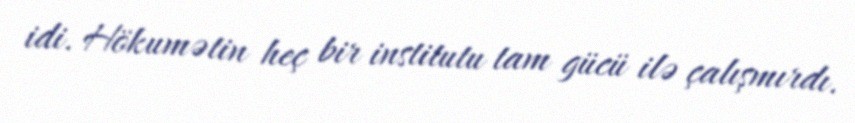
idi. Hökumətin heç bir institutu tam gücü ilə çalışmırdı.